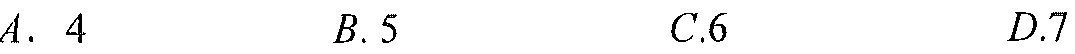
\(A.\ 4\quad B.5\quad C.6\quad D.7\)